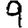
Digit: 9